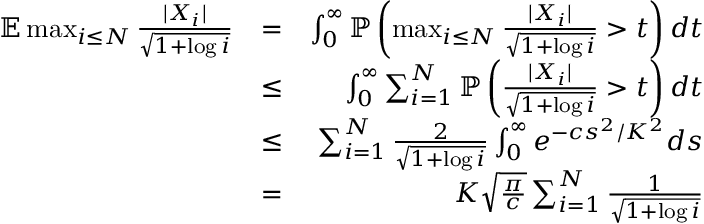
\begin{array} { r l r } { \mathbb { E } \operatorname* { m a x } _ { i \leq N } \frac { | X _ { i } | } { \sqrt { 1 + \log i } } } & { = } & { \int _ { 0 } ^ { \infty } \mathbb { P } \left( \operatorname* { m a x } _ { i \leq N } \frac { | X _ { i } | } { \sqrt { 1 + \log i } } > t \right) d t } \\ & { \leq } & { \int _ { 0 } ^ { \infty } \sum _ { i = 1 } ^ { N } \mathbb { P } \left( \frac { | X _ { i } | } { \sqrt { 1 + \log i } } > t \right) d t } \\ & { \leq } & { \sum _ { i = 1 } ^ { N } \frac { 2 } { \sqrt { 1 + \log i } } \int _ { 0 } ^ { \infty } e ^ { - c s ^ { 2 } / K ^ { 2 } } d s } \\ & { = } & { K \sqrt { \frac { \pi } { c } } \sum _ { i = 1 } ^ { N } \frac { 1 } { \sqrt { 1 + \log i } } } \end{array}